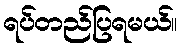
ရပ်တည်ပြရမယ်။